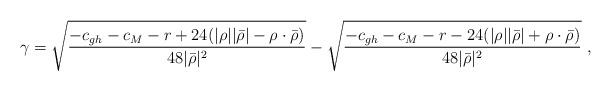
LaTeX: \begin{align*} \gamma=\sqrt{\frac{-c_{gh}-c_M-r +24(|\rho||\bar\rho|-\rho\cdot\bar\rho)}{48|\bar\rho|^2}} -\sqrt{\frac{-c_{gh}-c_M-r -24(|\rho||\bar\rho|+\rho\cdot\bar\rho)}{48|\bar\rho|^2}} ~,\end{align*}